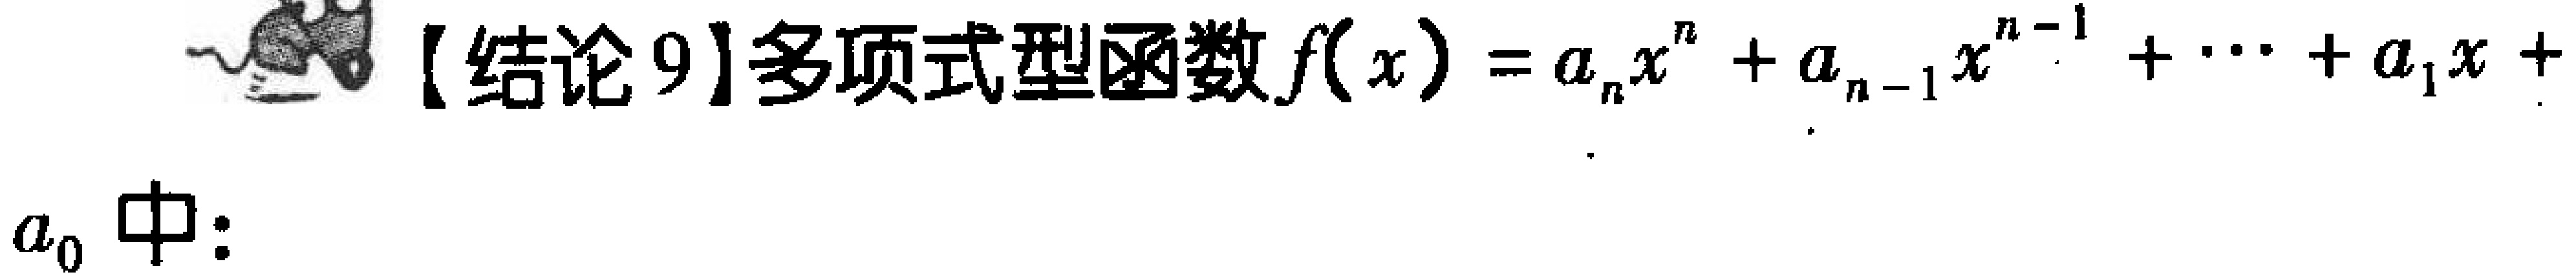
【结论 9】多项式型函数\(f(x)=a_{n}x^{n}+a_{n - 1}x^{n - 1}+\cdots +a_{1}x + a_{0}\)中：